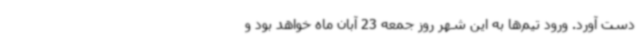
دست آورد. ورود تیم‌ها به این شهر روز جمعه 23 آبان‌ ماه خواهد بود و